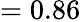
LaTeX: =0.86